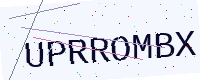
Text: UPRROMBX